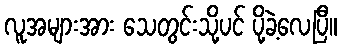
လူအများအား သေတွင်းသို့ပင် ပို့ခဲ့လေပြီ။